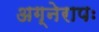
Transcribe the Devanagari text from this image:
अग्नेरापः